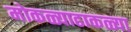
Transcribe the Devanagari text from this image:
मोकळ्याढाकळ्या